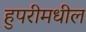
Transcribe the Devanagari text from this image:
हुपरीमधील